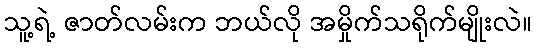
သူ့ရဲ့ ဇာတ်လမ်းက ဘယ်လို အမှိုက်သရိုက်မျိုးလဲ။